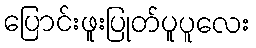
ပြောင်းဖူးပြုတ်ပူပူလေး